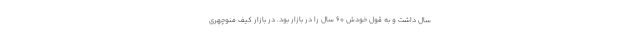
سال داشت و به قول خودش 60 سال را در بازار بود. در بازار کیف منوچهری